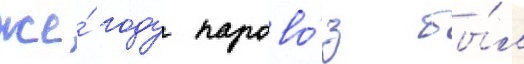
же́ году парово́з бы́л